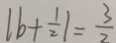
\vert b + \frac { 1 } { 2 } \vert = \frac { 3 } { 2 }